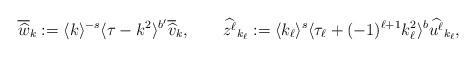
LaTeX: \begin{align*} \overline{\widehat{w}}_k := \langle k \rangle ^{-s}\langle \tau-k^2\rangle ^{b'}\overline{\widehat{v}}_k, \qquad\widehat{z^\ell}_{k_\ell} := \langle k_\ell\rangle^{s}\langle \tau_\ell +(-1)^{\ell+1} k_\ell^2\rangle^{b}\widehat{u^\ell}_{k_\ell},\end{align*}